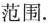
范围.